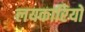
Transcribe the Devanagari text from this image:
लयकारियों